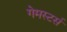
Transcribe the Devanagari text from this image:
गेमस्टर्स